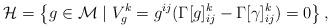
LaTeX: \begin{align*}\mathcal{H}=\left\{g\in\mathcal{M}\mid V_g^k=g^{ij}(\Gamma[g]_{ij}^k-\Gamma[\gamma]_{ij}^k)=0\right\},\end{align*}